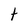
Character: t